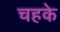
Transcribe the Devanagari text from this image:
चहके